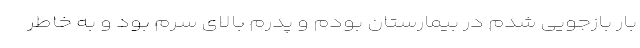
بار بازجویی شدم در بیمارستان بودم و پدرم بالای سرم بود و به خاطر